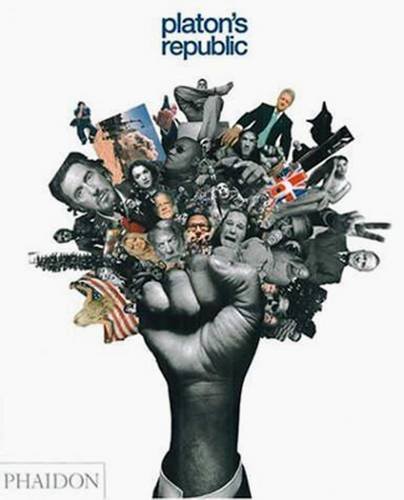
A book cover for Platon's Republic; Arts & Photography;